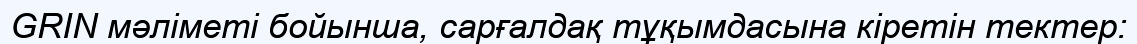
GRIN мәліметі бойынша, сарғалдақ тұқымдасына кіретін тектер: